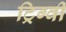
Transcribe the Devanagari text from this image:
ट्रिग्वी